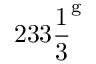
2 3 3 { \frac { 1 } { 3 } } ^ { \mathrm { g } }